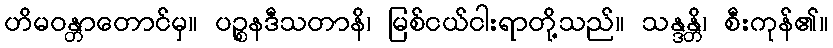
ဟိမဝန္တာတောင်မှ။ ပဉ္စနဒီသတာနိ၊ မြစ်ငယ်ငါးရာတို့သည်။ သန္ဒန္တိ၊ စီးကုန်၏။